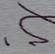
Signature authenticity: forged